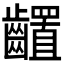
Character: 𪙳